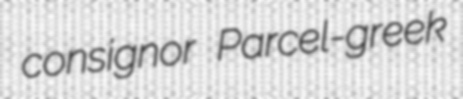
consignor Parcel-greek